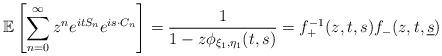
LaTeX: \begin{align*}\mathbb{E}\left[ \sum_{n=0}^{\infty} z^n e^{i t S_n} e^{i {s} \cdot {C}_n} \right]= \frac{1}{1-z \phi_{\xi_1,{\eta_1}}(t,{s})}= f^{-1}_{+}(z, t, s) f_{-}(z, t, \underline{s})\end{align*}